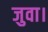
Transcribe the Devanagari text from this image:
जुवा।